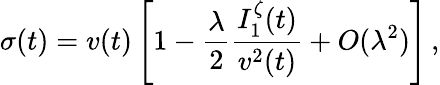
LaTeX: \sigma(t)=v(t)\left[1-\frac{\lambda}{2}\frac{I_{1}^{\zeta}(t)}{v^{2}(t)}+O(\lambda^{2})\right]\, ,